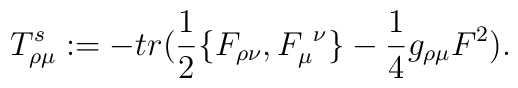
T^s_{\rho\mu} := -tr\big({1\over2}\{F_{\rho\nu}, F_\mu^{\ \nu}\}-{1\over4}g_{\rho\mu}F^2\big).